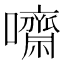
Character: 𡄡